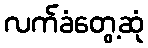
လက်ခံတွေ့ဆုံ